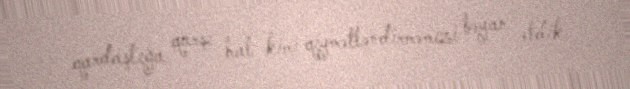
qardaşlığa qarşı hal kimi qiymətləndirməmizi bəyan etdik.